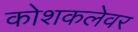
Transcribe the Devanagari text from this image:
कोशकलेवर